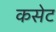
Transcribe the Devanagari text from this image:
कसेट